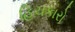
હિચકારો